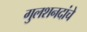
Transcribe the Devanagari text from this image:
गुलशनदांचे